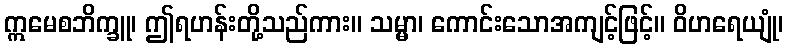
ဣမေစဘိက္ခူ၊ ဤရဟန်းတို့သည်ကား။ သမ္မာ၊ ကောင်းသောအကျင့်ဖြင့်။ ဝိဟရေယျုံ၊